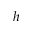
^ h